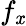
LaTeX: f_{\mathit{x}}